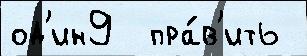
од'ин9  пра́в'ить